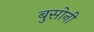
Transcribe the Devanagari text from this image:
बुसोनी